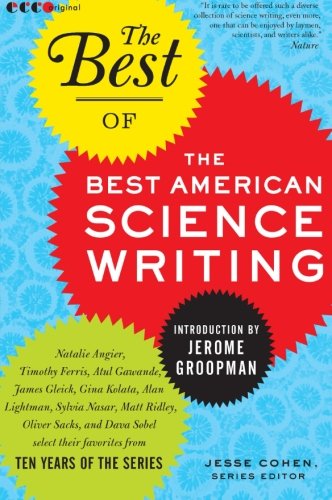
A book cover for The Best of the Best of American Science Writing (The Best American Science Writing); Jesse Cohen; Science & Math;